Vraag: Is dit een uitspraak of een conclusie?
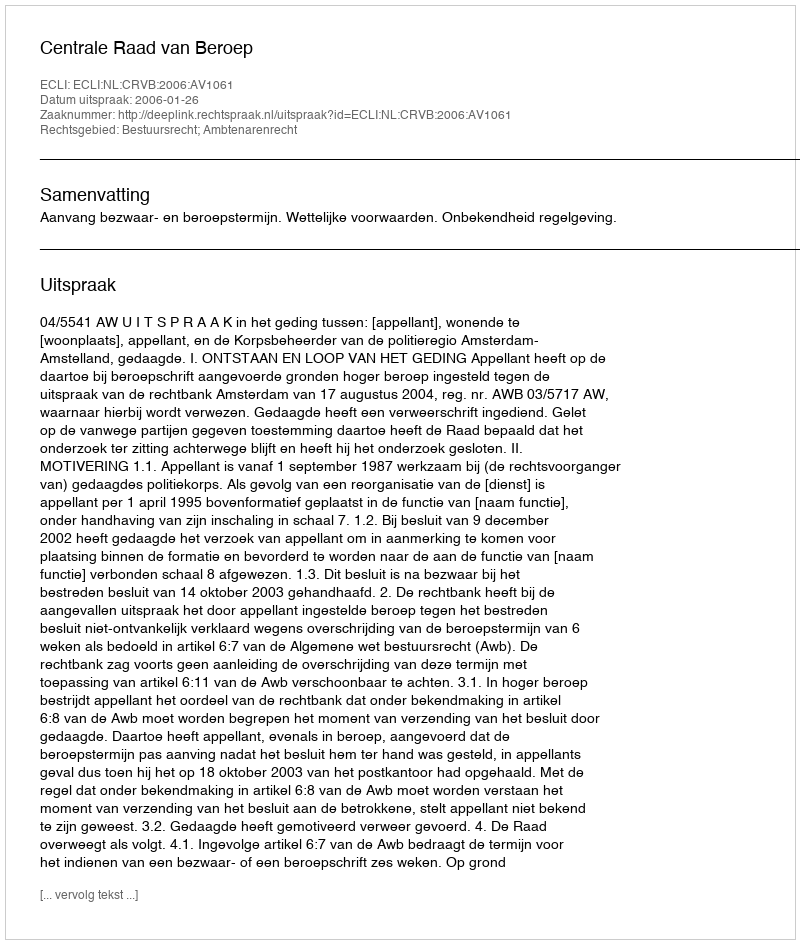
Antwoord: Uitspraak